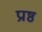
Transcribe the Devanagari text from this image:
प्रष्ठ